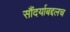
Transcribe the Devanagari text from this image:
सौंदर्याबद्दलच